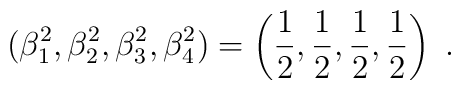
(\beta_1^2,\beta_2^2,\beta_3^2,\beta_4^2) = 	\left( \frac{1}{2},\frac{1}{2},\frac{1}{2},\frac{1}{2} \right) \ .